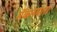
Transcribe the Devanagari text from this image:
मॅकनमारा